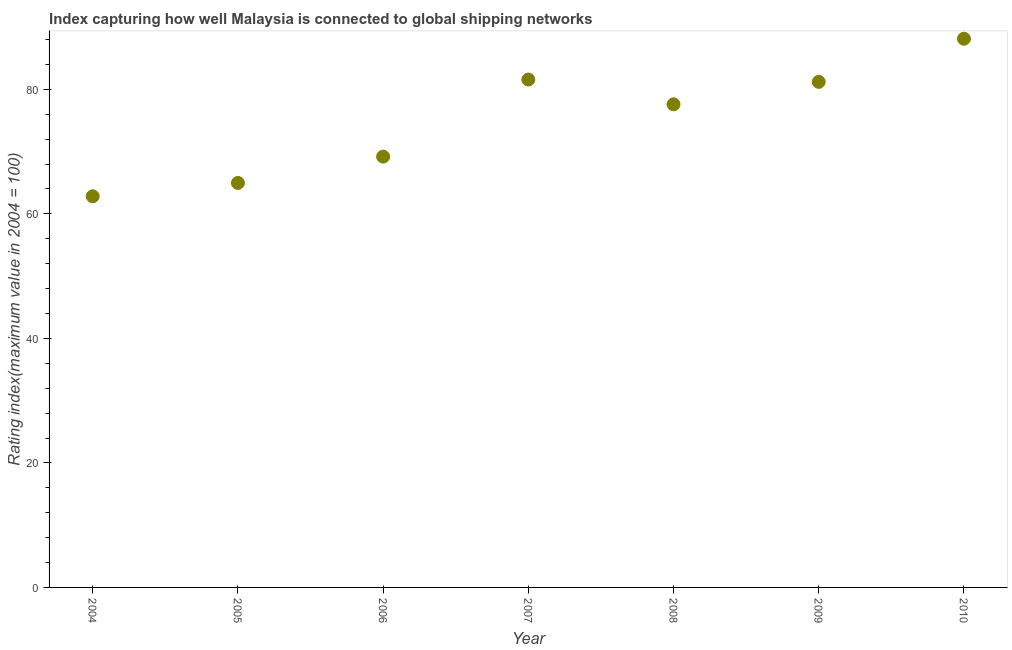
| Year | Liner shipping connectivity index  |
 | --- | --- |
 | 2004 | 62.8 |
 | 2005 | 65 |
 | 2006 | 69.2 |
 | 2007 | 81.6 |
 | 2008 | 77.6 |
 | 2009 | 81.2 |
 | 2010 | 88.1 |